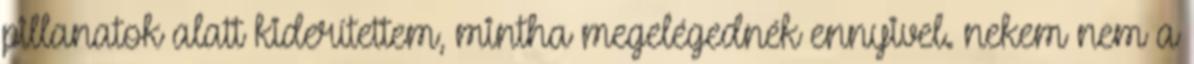
pillanatok alatt kiderítettem, mintha megelégednék ennyivel. nekem nem a